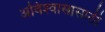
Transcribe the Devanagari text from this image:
अविश्‍वासासाठी